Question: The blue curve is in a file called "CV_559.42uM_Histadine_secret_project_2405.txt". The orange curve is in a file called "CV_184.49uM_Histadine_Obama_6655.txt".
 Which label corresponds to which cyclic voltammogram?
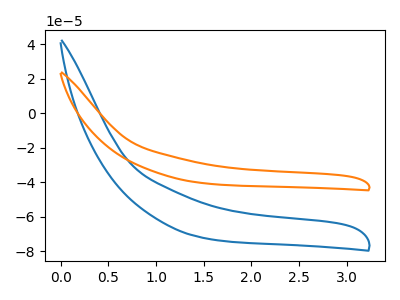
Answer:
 <answer>The blue curve is labeled "Histadine 559.42uM". The orange curve is labeled "Histadine 184.49uM".</answer>
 <eval></eval>